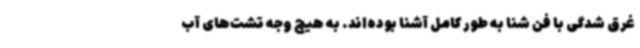
غرق شدگی با فن شنا به طور کامل آشنا بوده‌اند. به هیچ وجه تشت‌های آب